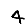
Digit: 4